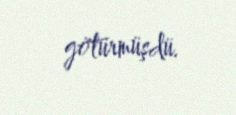
götürmüşdü.